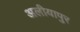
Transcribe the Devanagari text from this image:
अलीयापुर